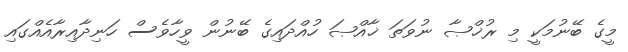
މީގެ ބޭނުމަކީ މި ރުޚްޞާ ނުވަތަ ޚާއްޞަ ހުއްދައިގެ ބޭނުން ވީހާވެސް ހަނިދާއިރާއެއްގައި